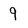
Character: 9